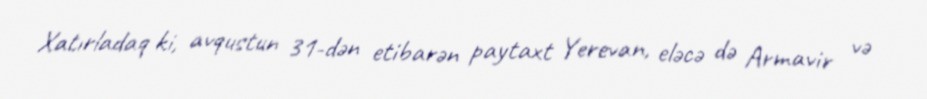
Xatırladaq ki, avqustun 31-dən etibarən paytaxt Yerevan, eləcə də Armavir və